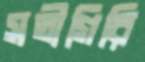
সতীগিরি